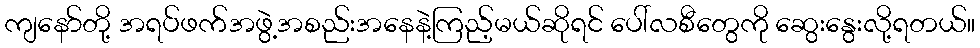
ကျနော်တို့ အရပ်ဖက်အဖွဲ့အစည်းအနေနဲ့ကြည့်မယ်ဆိုရင် ပေါ်လစီတွေကို ဆွေးနွေးလို့ရတယ်။